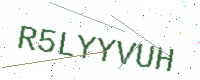
Text: R5LYYVUH